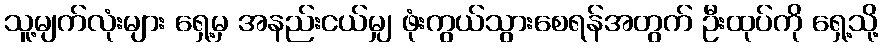
သူ့မျက်လုံးများ ရှေ့မှ အနည်းငယ်မျှ ဖုံးကွယ်သွားစေရန်အတွက် ဦးထုပ်ကို ရှေ့သို့